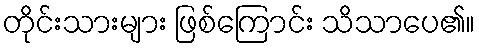
တိုင်းသားများ ဖြစ်ကြောင်း သိသာပေ၏။